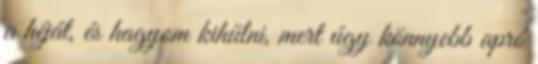
a héját, és hagyom kihűlni, mert úgy könnyebb apró